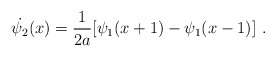
\begin{align*}\dot{\psi_{2}}(x)=\frac{1}{2a}[\psi_{1}(x+1)-\psi_{1}(x-1)]\ .\end{align*}